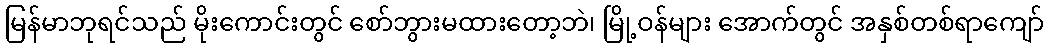
မြန်မာဘုရင်သည် မိုးကောင်းတွင် စော်ဘွားမထားတော့ဘဲ၊ မြို့ဝန်များ အောက်တွင် အနှစ်တစ်ရာကျော်